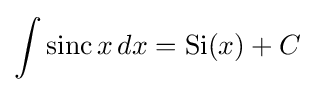
\int \operatorname {sinc} x\,dx=\operatorname {Si} (x)+C